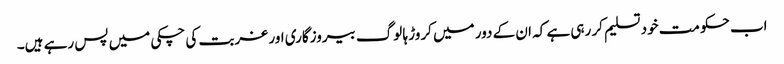
اب حکومت خود تسلیم کر رہی ہے کہ ان کے دور میں کروڑ ہا لوگ بیروزگاری اور غربت کی چکی میں پس رہے ہیں۔